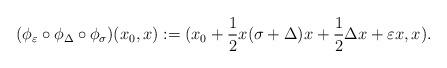
LaTeX: \begin{align*}( \phi_\varepsilon \circ \phi_\Delta \circ \phi_\sigma )( x_0, x ) := ( x_0 + \frac{1}{2} x (\sigma + \Delta) x+ \frac{1}{2} \Delta x+ \varepsilon x, x ).\end{align*}